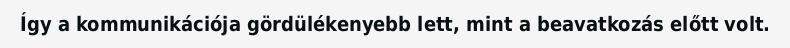
Így a kommunikációja gördülékenyebb lett, mint a beavatkozás előtt volt.